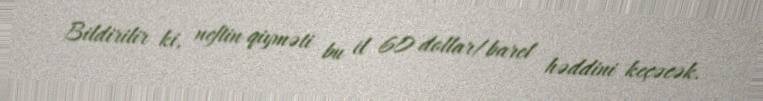
Bildirilir ki, neftin qiyməti bu il 60 dollar/barel həddini keçəcək.